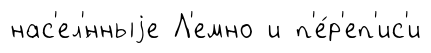
нас'ел'́нныjе Л'емно и п'е́р'еп'ис'и